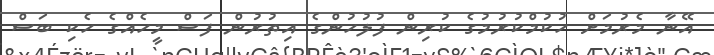
އޭނާ މެރުމަށް ހުކުމްކުރުމުގެ ކުރިން ފުލުހުންގެ އިތުރުން ފަސް މީހެއްގެ ހެކި ބަސް